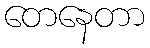
တေနေတာ